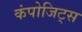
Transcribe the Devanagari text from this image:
कंपोजिट्स